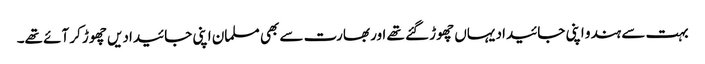
بہت سے ہندو اپنی جائیداد یہاں چھوڑ گئے تھے اور بھارت سے بھی مسلمان اپنی جائیدادیں چھوڑ کر آئے تھے۔